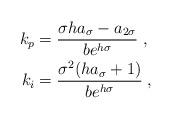
LaTeX: \begin{align*} k_{p} &= \frac{\sigma ha_\sigma-a_{2\sigma}}{be^{h\sigma}} \;, \\ k_{i} &= \frac{\sigma^2(ha_\sigma+1)}{be^{h\sigma}} \;, \end{align*}